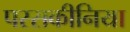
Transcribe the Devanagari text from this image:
परसकीनिया